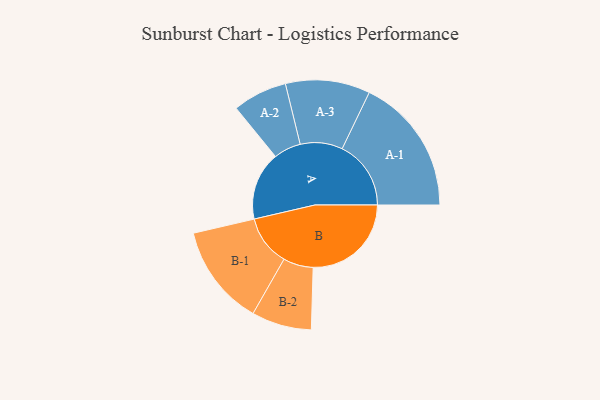
{"axis": {"x": "Segment", "y": "Value"}, "legend": ["", "A", "B"], "data": [{"x": "A", "y": 296, "type": ""}, {"x": "B", "y": 425, "type": ""}, {"x": "A-1", "y": 298, "type": "A"}, {"x": "A-2", "y": 118, "type": "A"}, {"x": "A-3", "y": 183, "type": "A"}, {"x": "B-1", "y": 219, "type": "B"}, {"x": "B-2", "y": 130, "type": "B"}]}